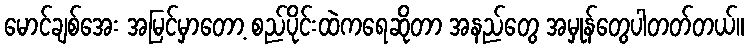
မောင်ချစ်အေး အမြင်မှာတော့ စည်ပိုင်းထဲကရေဆိုတာ အနည်တွေ အမှုန်တွေပါတတ်တယ်။